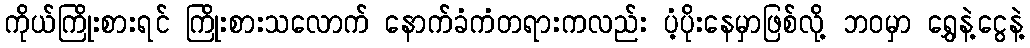
ကိုယ်ကြိုးစားရင် ကြိုးစားသလောက် နောက်ခံကံတရားကလည်း ပံ့ပိုးနေမှာဖြစ်လို့ ဘဝမှာ ရွှေနဲ့ငွေနဲ့